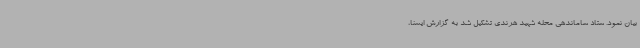
بیان نمود. ستاد ساماندهی محله شهید هرندی تشکیل شد به گزارش ایسنا،